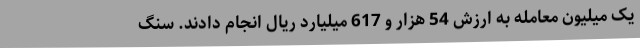
یک میلیون معامله به ارزش 54 هزار و 617 میلیارد ریال انجام دادند. سنگ